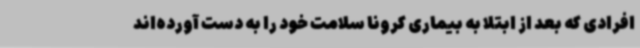
افرادی که بعد از ابتلا به بیماری کرونا سلامت خود را به دست آورده‌اند